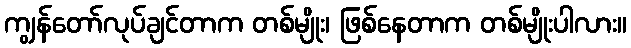
ကျွန်တော်လုပ်ချင်တာက တစ်မျိုး၊ ဖြစ်နေတာက တစ်မျိုးပါလား။